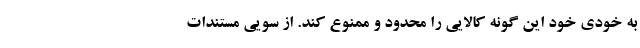
به خودی خود این گونه کالایی را محدود و ممنوع کند. از سویی مستندات